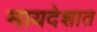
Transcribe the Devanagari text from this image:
मायदेशात